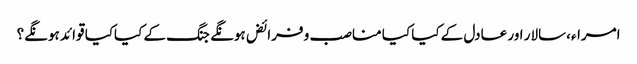
امراء،سالار اور عادل کے کیا کیا مناصب و فرائض ہونگے جنگ کے کیاکیا قوائد ہونگے؟